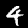
Digit: 4